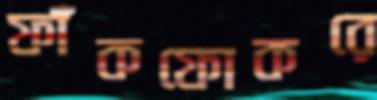
ফাঁকফোকরে